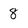
Character: 8